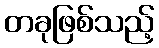
တခုဖြစ်သည့်